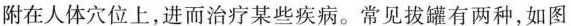
附在人体穴位上，进而治疗某些疾病。常见拔罐有两种，如图